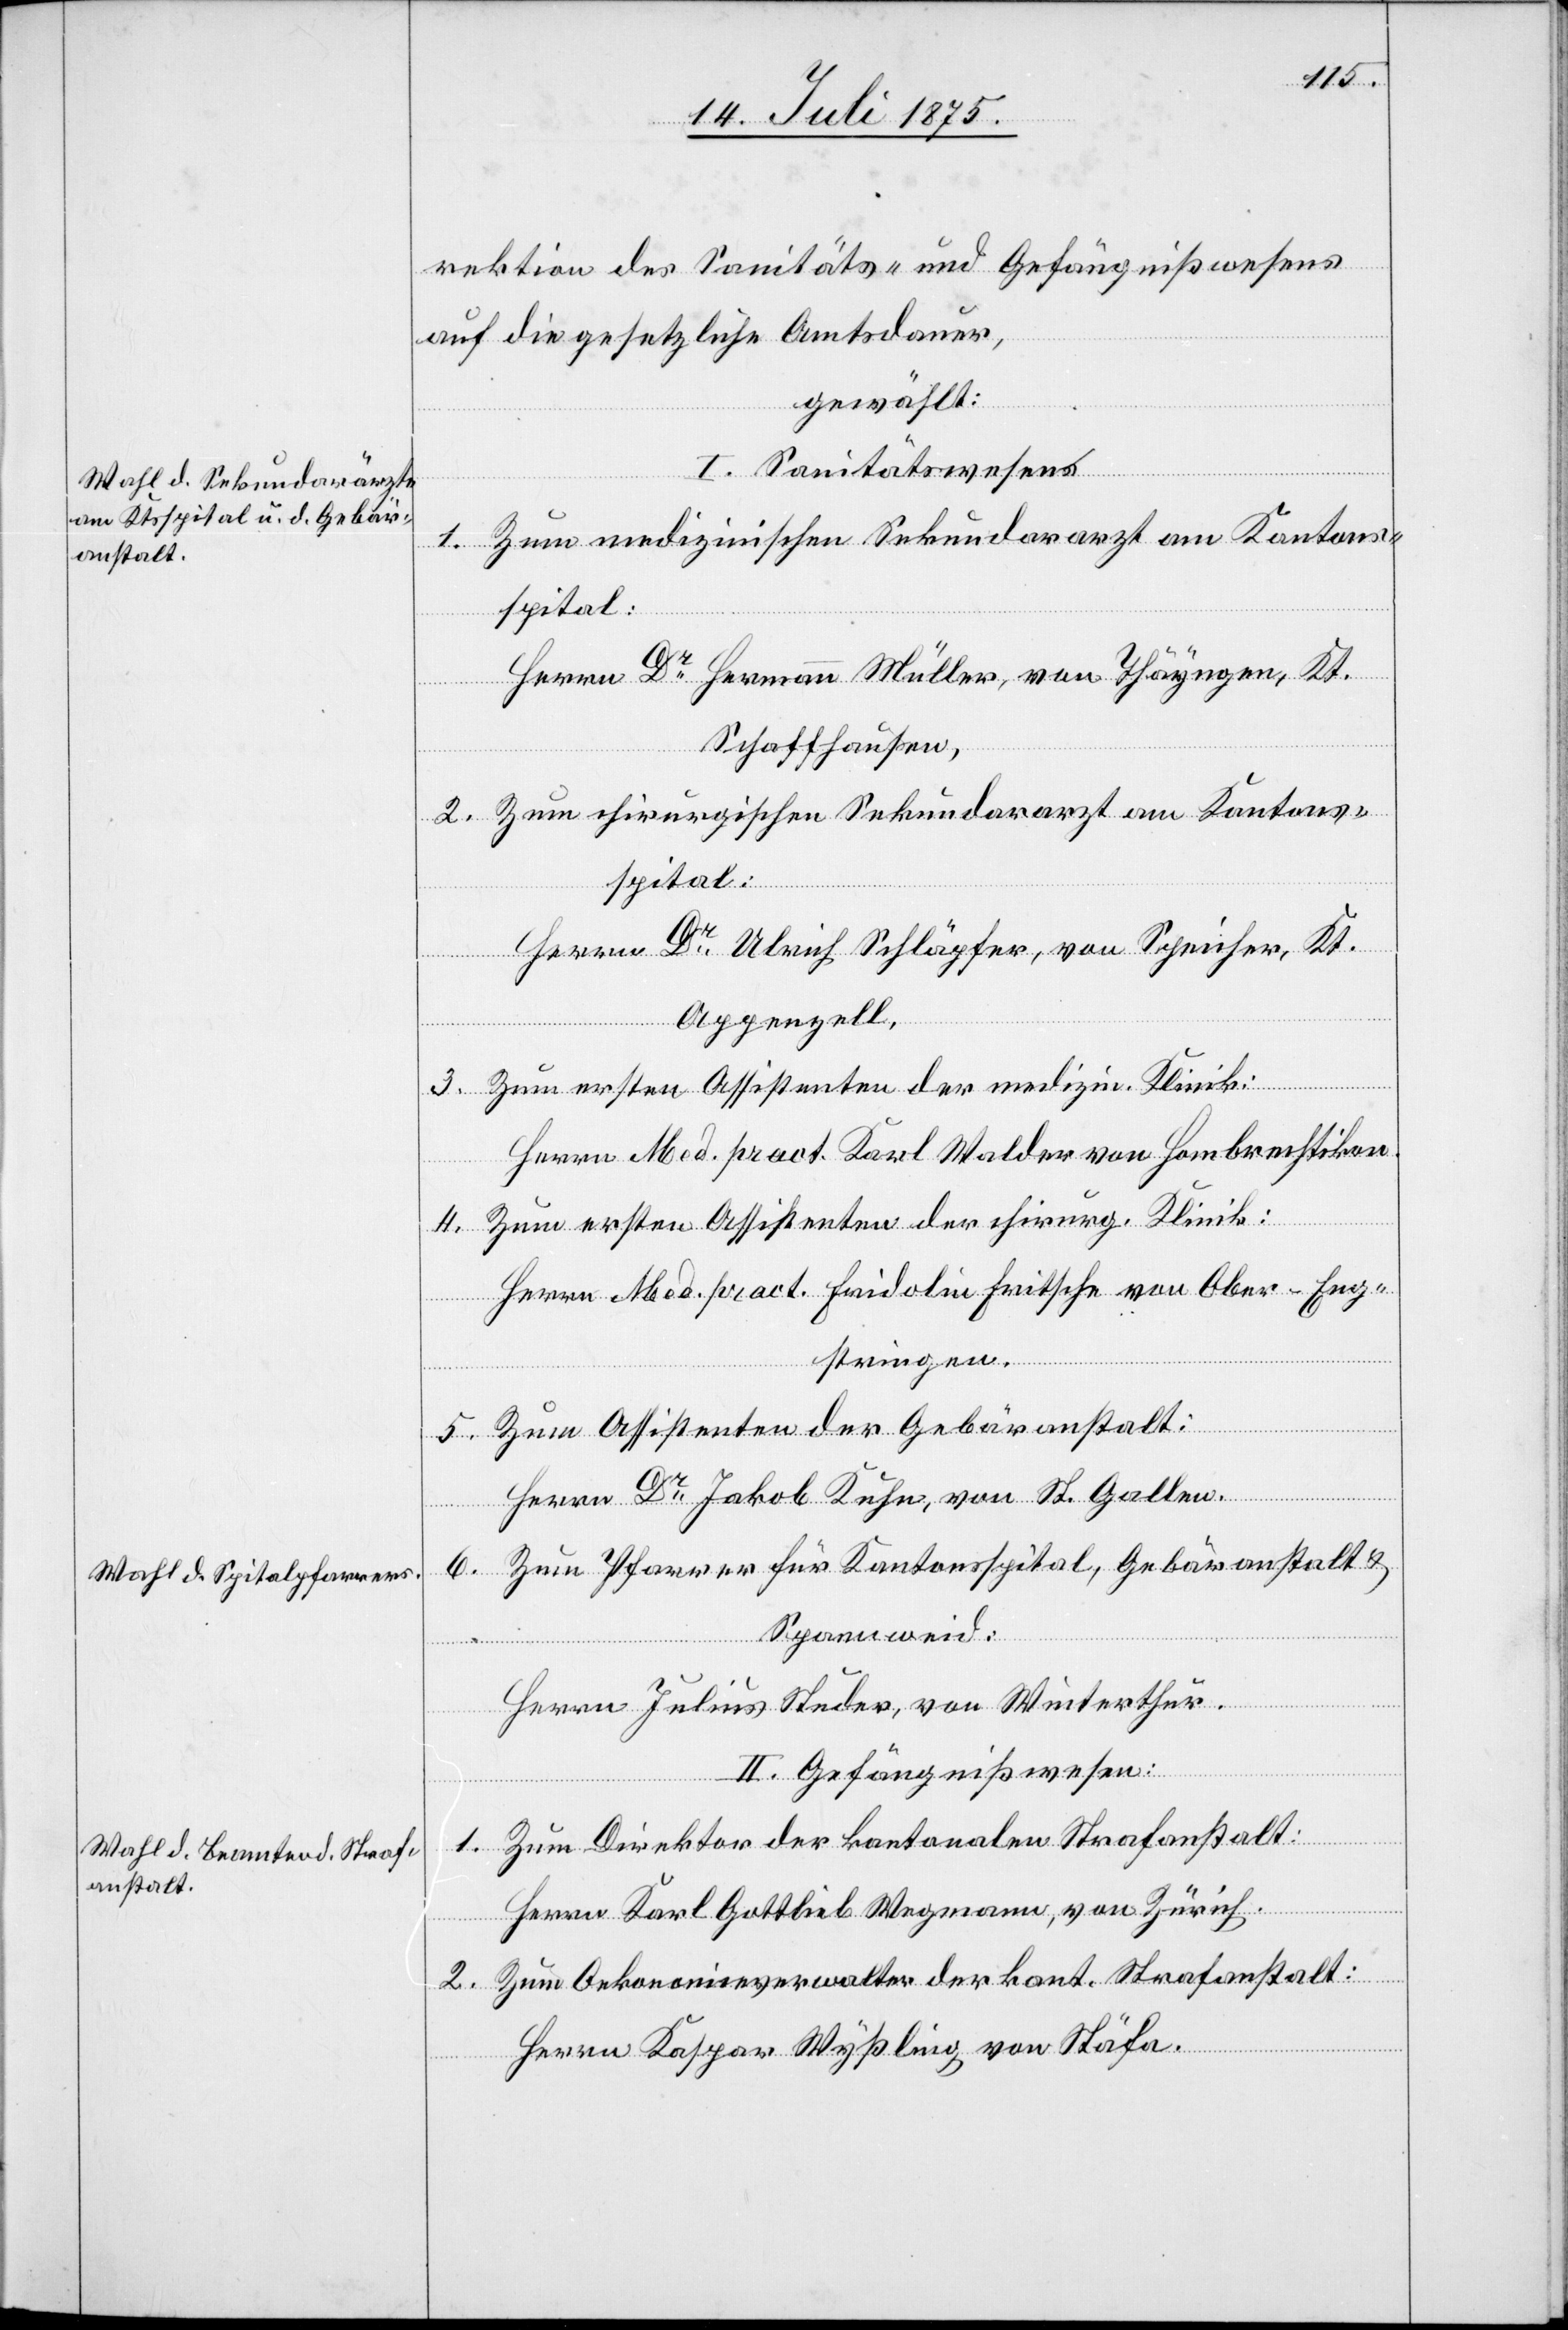
rektion des Sanitäts- und Gefängnißwesens
auf die gesetzliche Amtsdauer,
gewählt:
I. Sanitätswesen
1. Zum medizinischen Sekundararzt am Kantons¬
spital:
Herrn Dr Hermann Müller, von Thayngen, Kt.
Schaffhausen,
2. Zum chirurgischen Sekundararzt am Kantons¬
spital:
Herrn Dr Ulrich Schläpfer, von Speicher, Kt.
Appenzell,
3. Zum ersten Assistenten der medizin. Klinik:
Herrn Med. pract. Karl Walder von Hombrechtikon.
4. Zum ersten Assistenten der chirurg. Klinik:
Herrn Med. pract. Fridolin Fritsche von Ober-Eng¬
stringen.
5. Zum Assistenten der Gebäranstalt:
Herrn Dr Jakob Kuhn, von St. Gallen.
6.
Zum Pfarrer für Kantonsspital, Gebäranstalt &
Spannweid:
Herrn Julius Studer, von Winterthur.
II. Gefängnißwesen:
Zum Direktor der kantonalen Strafanstalt:
1.
Herrn Karl Gottlieb Wegmann, von Zürich.
Zum Oekonomieverwalter der kant. Strafanstalt:
2.
Herrn Kaspar Wyßling von Stäfa.